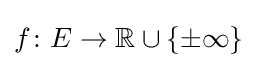
f\colon E\to \mathbb {R} \cup \{\pm \infty \}